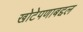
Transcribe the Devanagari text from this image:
खोटेपणाबद्दल